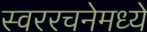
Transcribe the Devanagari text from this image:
स्वररचनेमध्ये